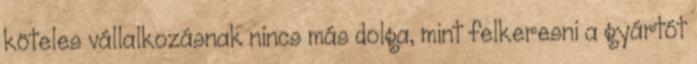
köteles vállalkozásnak nincs más dolga, mint felkeresni a gyártót